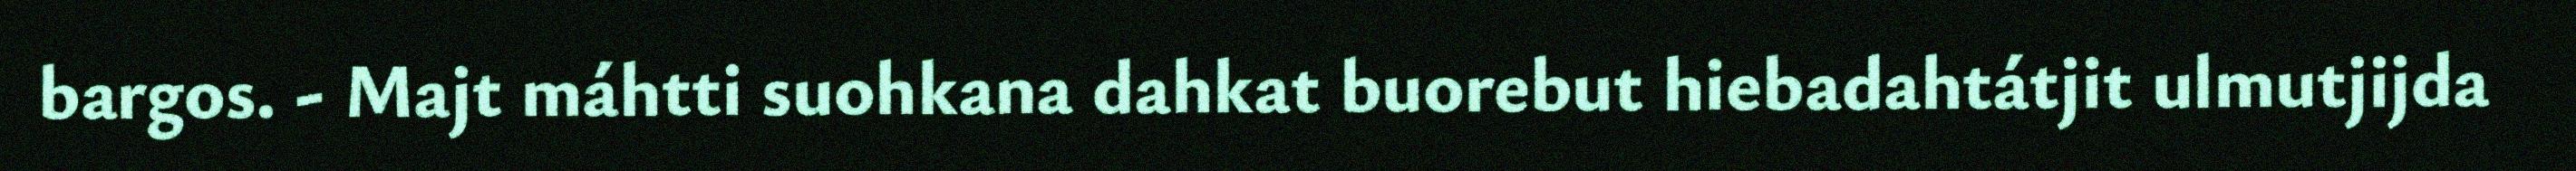
bargos. - Majt máhtti suohkana dahkat buorebut hiebadahtátjit ulmutjijda